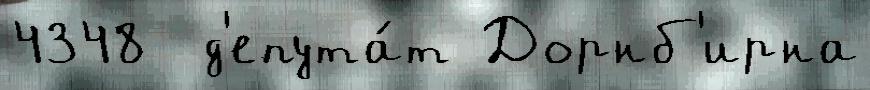
4348  д'епута́т Дорнб'ирна